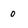
Character: 0